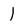
Character: l